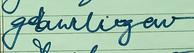
Signature authenticity: forged